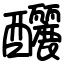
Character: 釃